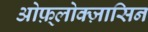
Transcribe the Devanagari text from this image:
ओफ़्लोक्ज़ासिन